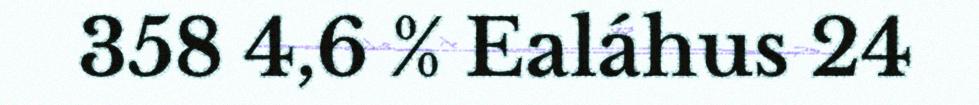
358 4,6 % Ealáhus 24